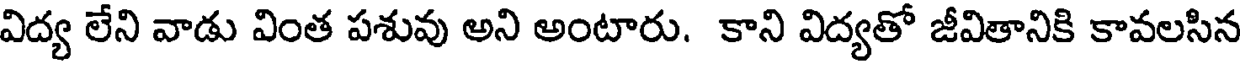
విద్య లేని వాడు వింత పశువు అని అంటారు. కాని విద్యతో జీవితానికి కావలసిన